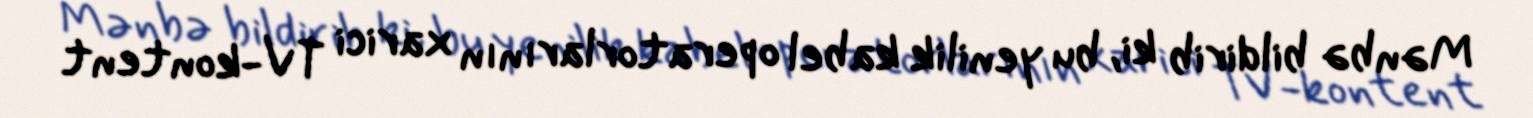
Mənbə bildirib ki, bu yenilik kabel operatorlarının xarici TV-kontent